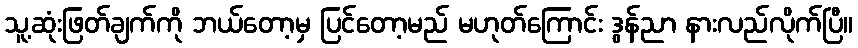
သူ့ဆုံးဖြတ်ချက်ကို ဘယ်တော့မှ ပြင်တော့မည် မဟုတ်ကြောင်း ဒွန်ညာ နားလည်လိုက်ပြီ။